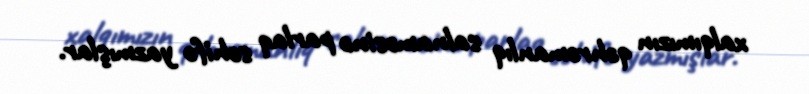
xalqımızın qəhrəmanlıq salnaməsinə parlaq səhifə yazmışlar.